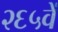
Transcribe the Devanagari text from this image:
२६५वें